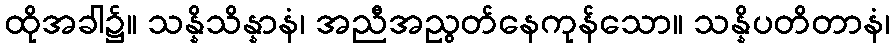
ထိုအခါ၌။ သန္နိသိန္နာနံ၊ အညီအညွတ်နေကုန်သော။ သန္နိပတိတာနံ၊